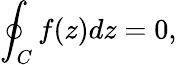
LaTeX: \oint_{C}f(z)dz=0,